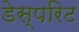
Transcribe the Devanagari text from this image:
डेस्परिट